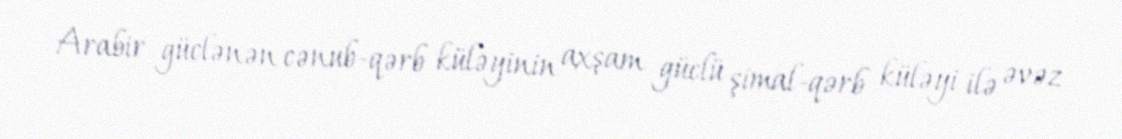
Arabir güclənən cənub-qərb küləyinin axşam güclü şimal-qərb küləyi ilə əvəz